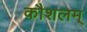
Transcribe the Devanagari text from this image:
कौशलम्